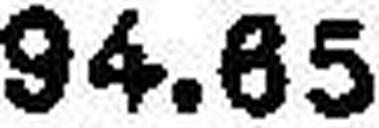
94.65